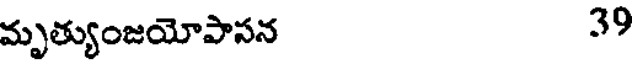
మృత్యుంజయోపాసన 39